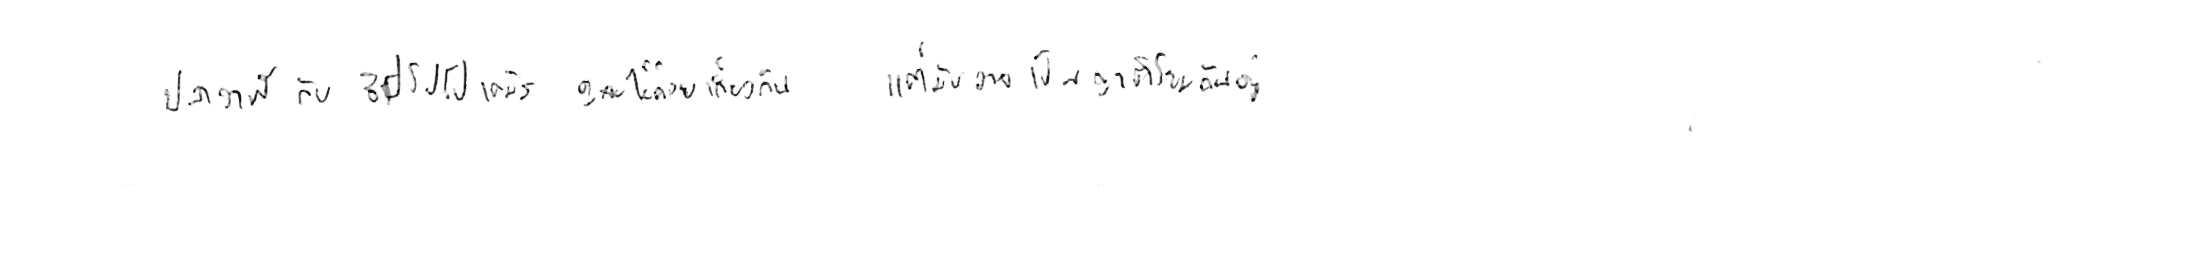
ปลาวาฬ กับ ฮิปโปโปเตมัส ดูจะไม่ค่อยเกี่ยวกัน แต่มันอาจเป็นญาติโยมกันอยู่